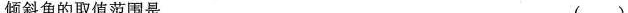
倾斜角的取值范围是 ( )